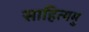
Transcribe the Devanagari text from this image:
साहित्यमु